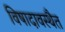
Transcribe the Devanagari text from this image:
विषादावस्थैत